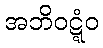
အဘိဝဋ္ဋံဝ